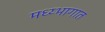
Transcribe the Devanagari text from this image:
मध्य्भागात